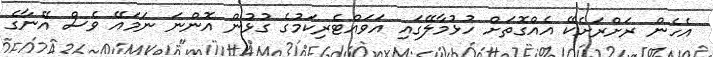
އެހެން ރަށްރަށެކޭ އެއްގޮތަށް ހުޅުމާލޭގައި އަވައްޓެރިކަމުގެ ގުޅުން އޮންނަ ނަމައޭ ވެސް އޭނާގެ